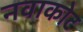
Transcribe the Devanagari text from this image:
नवाकोट